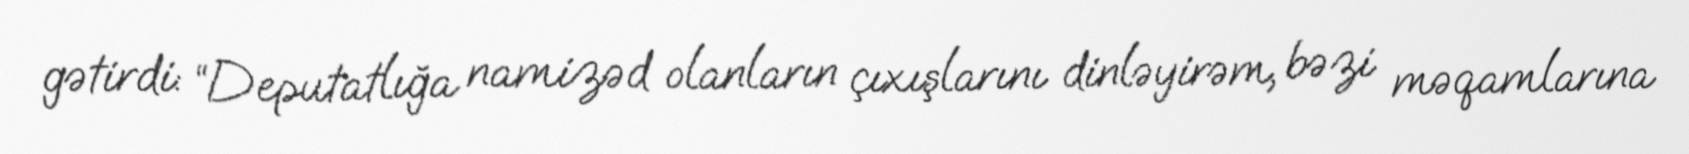
gətirdi: “Deputatlığa namizəd olanların çıxışlarını dinləyirəm, bəzi məqamlarına